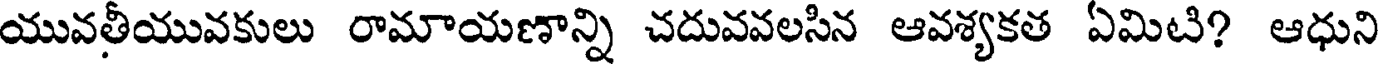
యువతీయువకులు రామాయణాన్ని చదువవలసిన ఆవశ్యకత ఏమిటి? ఆధుని